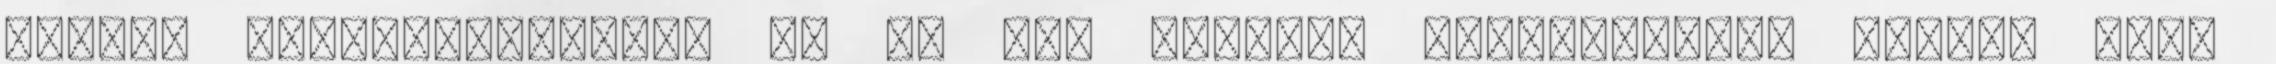
magyar sportirányítást és az ide rendelt milliárdokat vissza kell